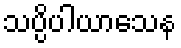
သပ္ပိပါယာသေန